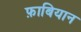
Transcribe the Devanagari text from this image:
फ़ाबियान